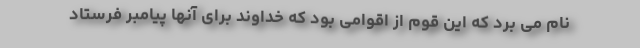
نام می برد که این قوم از اقوامی بود که خداوند برای آنها پیامبر فرستاد